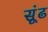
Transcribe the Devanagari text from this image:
सूंढ